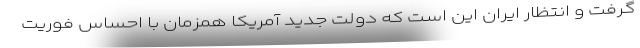
گرفت و انتظار ایران این است که دولت جدید آمریکا همزمان با احساس فوریت